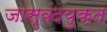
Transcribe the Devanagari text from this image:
जास्वंदयुक्त